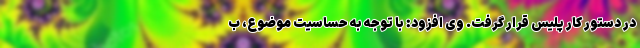
در دستور کار پلیس قرار گرفت. وی افزود: با توجه به حساسیت موضوع، ب